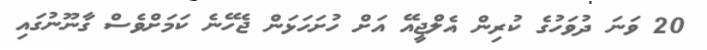
20 ވަނަ ދުވަހުގެ ކުރިން އެލްޖީއޭ އަށް ހުށަހަޅަން ޖެހޭނެ ކަމަށްވެސް ގާނޫނުގައި